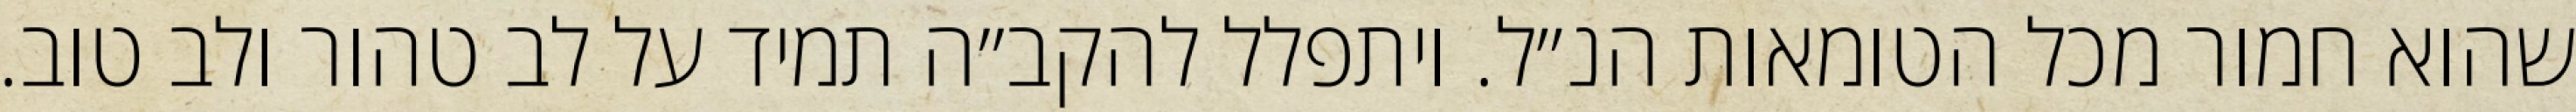
שהוא חמור מכל הטומאות הנ״ל. ויתפלל להקב״ה תמיד על לב טהור ולב טוב.